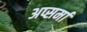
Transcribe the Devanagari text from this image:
अप्सर्मा